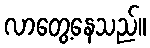
လာတွေ့နေသည်။